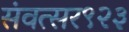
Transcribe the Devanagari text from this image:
संवत्सर९२३